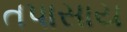
તપાસાય